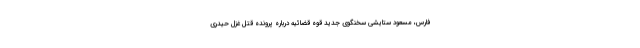
فارس، مسعود ستایشی سخنگوی جدید قوه قضائیه درباره پرونده قتل غزل حیدری